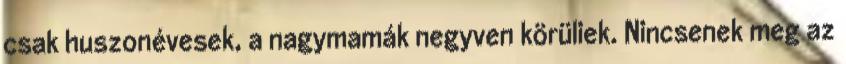
csak huszonévesek, a nagymamák negyven körüliek. Nincsenek meg az